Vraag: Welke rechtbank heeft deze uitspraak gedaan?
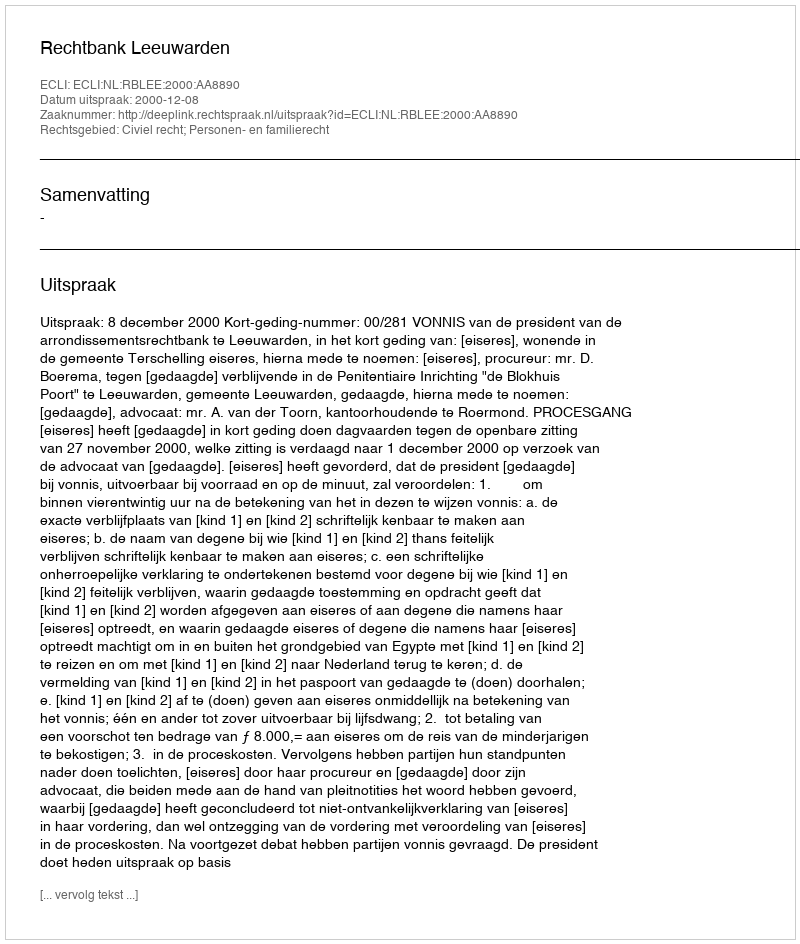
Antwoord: Rechtbank Leeuwarden